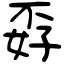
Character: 孬